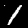
Digit: 1